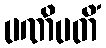
ပဏိပတိံ